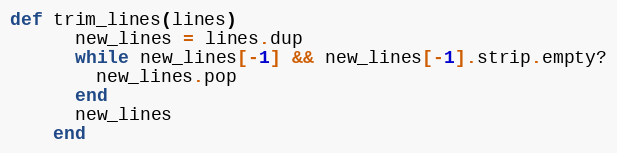
Language: Ruby
def trim_lines(lines)
      new_lines = lines.dup
      while new_lines[-1] && new_lines[-1].strip.empty?
        new_lines.pop
      end
      new_lines
    end